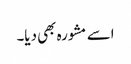
اسے مشورہ بھی دیا۔